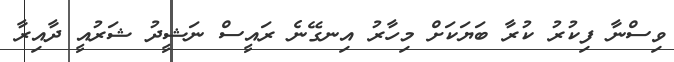
ވިސްނާ ފިކުރު ކުރާ ބަޔަކަށް މިހާރު އިނގޭނެ ރައީސް ނަޝީދު ޝަރުއީ ދާއިރާ